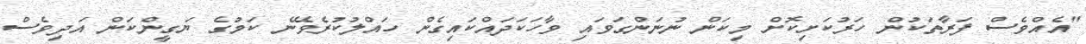
"އެއްވެސް ފަރާތަކުން ހަރުކަށިކޮށް މިކަން ނުނަންގަވައި ވާހަކަދައްކައިގެން ހައްލުކުރެވޭނެ ކަމުގެ ޔަގީންކަން އަދިވެސް